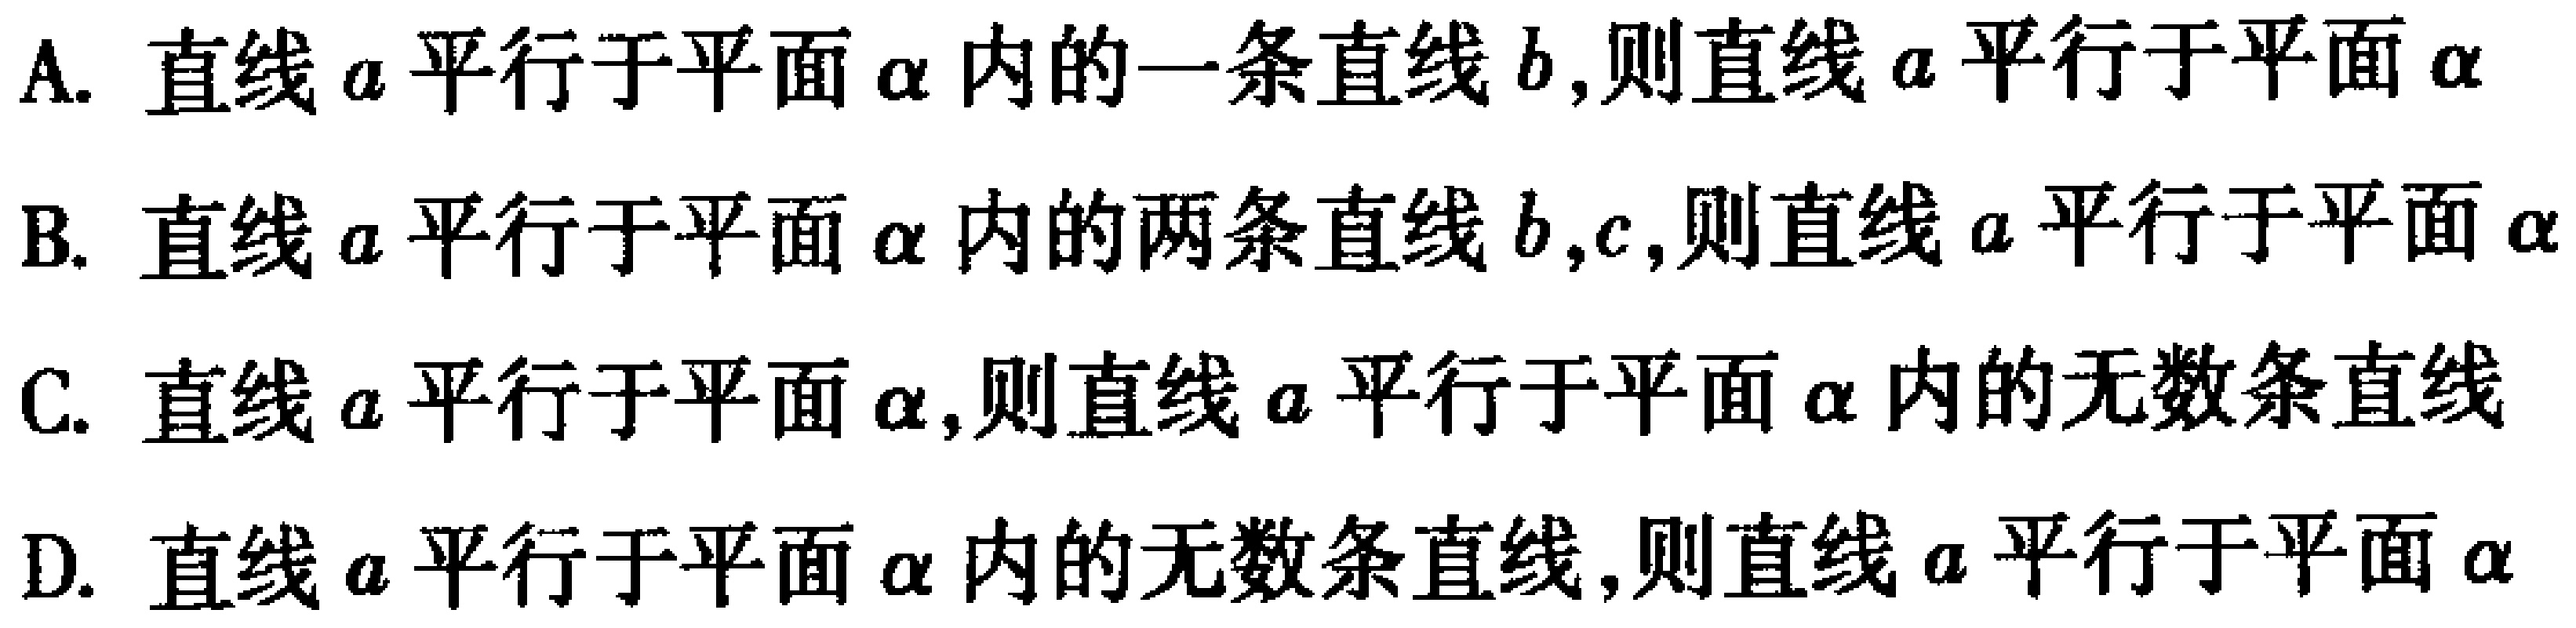
A. 直线\(a\)平行于平面\(\alpha\)内的一条直线\(b\)，则直线\(a\)平行于平面\(\alpha\)
B. 直线\(a\)平行于平面\(\alpha\)内的两条直线\(b,c\)，则直线\(a\)平行于平面\(\alpha\)
C. 直线\(a\)平行于平面\(\alpha\)，则直线\(a\)平行于平面\(\alpha\)内的无数条直线
D. 直线\(a\)平行于平面\(\alpha\)内的无数条直线，则直线\(a\)平行于平面\(\alpha\)